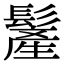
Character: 𩮲